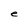
Character: e